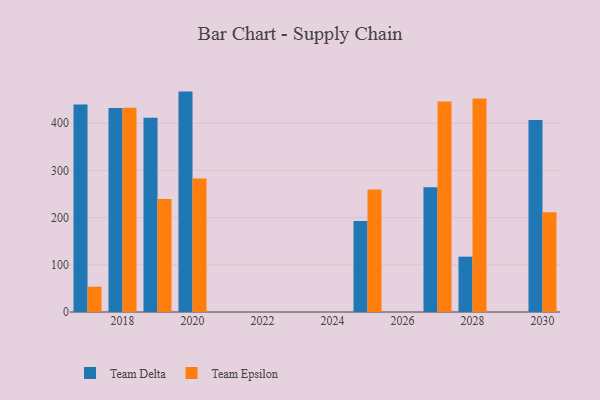
{"axis": {"x": "Year", "y": "Waste Production (Tons)"}, "legend": ["Team Delta", "Team Epsilon"], "data": [{"x": "2019", "y": 411.9, "type": "Team Delta"}, {"x": "2019", "y": 239.3, "type": "Team Epsilon"}, {"x": "2027", "y": 264.2, "type": "Team Delta"}, {"x": "2027", "y": 446.0, "type": "Team Epsilon"}, {"x": "2020", "y": 467.1, "type": "Team Delta"}, {"x": "2020", "y": 282.7, "type": "Team Epsilon"}, {"x": "2028", "y": 117.2, "type": "Team Delta"}, {"x": "2028", "y": 452.4, "type": "Team Epsilon"}, {"x": "2017", "y": 439.8, "type": "Team Delta"}, {"x": "2017", "y": 53.7, "type": "Team Epsilon"}, {"x": "2025", "y": 192.7, "type": "Team Delta"}, {"x": "2025", "y": 259.6, "type": "Team Epsilon"}, {"x": "2030", "y": 407.0, "type": "Team Delta"}, {"x": "2030", "y": 211.4, "type": "Team Epsilon"}, {"x": "2018", "y": 432.3, "type": "Team Delta"}, {"x": "2018", "y": 433.0, "type": "Team Epsilon"}]}